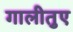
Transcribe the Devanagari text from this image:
गालीतुए